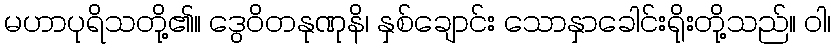
မဟာပုရိသတို့၏။ ဒွေဝိတနုဏုနိ၊ နှစ်ချောင်း သောနှာခေါင်းရိုးတို့သည်။ ဝါ၊